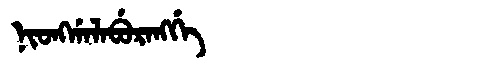
Manchu: ᠨᡳᠣᠩᡤᠠᠯᠠᠪᡠᡵᠠᠩᡤᡝ
Romanization: NIONGGALABURANGGE